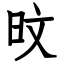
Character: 旼